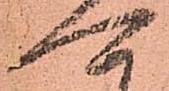
可